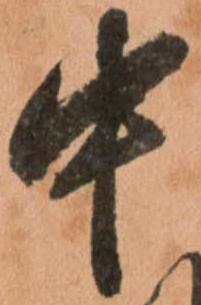
中